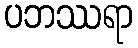
ပဘဿရာ